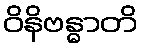
ဝိနိဗန္ဓာတိ